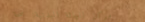
مركز للياقة البدنية: صحة